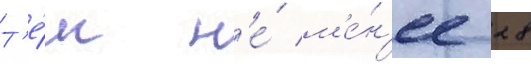
Т'е́м н'е́ м'е́н'ее 28